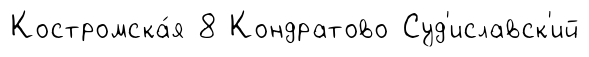
Костромска́я 8 Кондратово Суд'иславск'ий